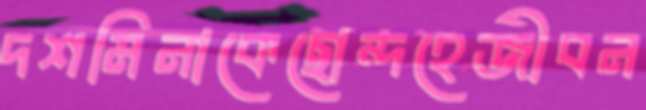
দশমিনাকেছোন্দহেজীবন